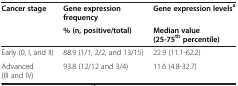
<table><thead><tr><td><b>Cancer stage</b></td><td><b>Gene expression frequency</b></td><td><b>Gene expression levels<sup>a</sup></b></td></tr><tr><td><b> </b></td><td><b>% (n, positive/total)</b></td><td><b>Median value (25-75<sup>th</sup>percentile)</b></td></tr></thead><tbody><tr><td>Early (0, I, and II)</td><td>88.9 (1/1, 2/2, and 13/15)</td><td>22.9 (11.1-62.2)</td></tr><tr><td>Advanced (III and IV)</td><td>93.8 (12/12 and 3/4)</td><td>11.6 (4.8-32.7)</td></tr></tbody></table>